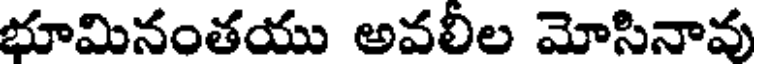
భూమినంతయు అవలీల మోసినావు